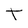
Character: T